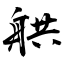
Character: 舼